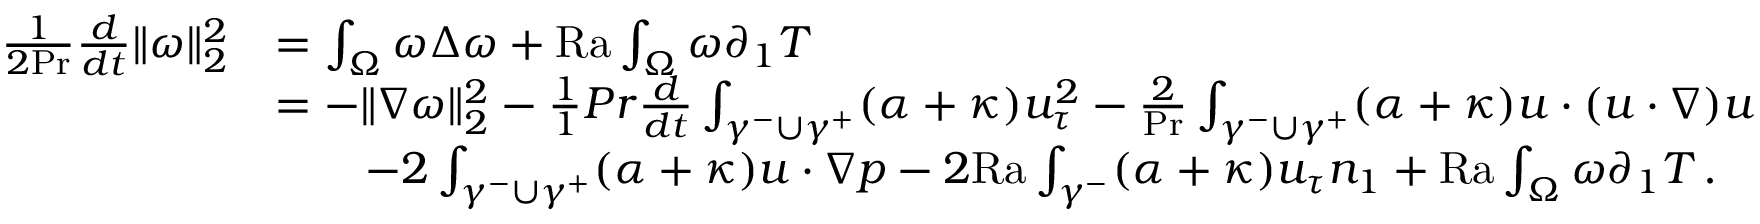
\begin{array} { r l } { \frac { 1 } { 2 \mathrm { P r } } \frac { d } { d t } \| \omega \| _ { 2 } ^ { 2 } } & { = \int _ { \Omega } \omega \Delta \omega + \mathrm { { R a } } \int _ { \Omega } \omega \partial _ { 1 } T } \\ & { = - \| \nabla \omega \| _ { 2 } ^ { 2 } - \frac { 1 } { 1 } { { P r } } \frac { d } { d t } \int _ { \gamma ^ { - } \cup \gamma ^ { + } } ( \alpha + \kappa ) u _ { \tau } ^ { 2 } - \frac { 2 } { \mathrm { P r } } \int _ { \gamma ^ { - } \cup \gamma ^ { + } } ( \alpha + \kappa ) u \cdot ( u \cdot \nabla ) u } \\ & { \qquad - 2 \int _ { \gamma ^ { - } \cup \gamma ^ { + } } ( \alpha + \kappa ) u \cdot \nabla p - 2 \mathrm { { R a } } \int _ { \gamma ^ { - } } ( \alpha + \kappa ) u _ { \tau } n _ { 1 } + { \mathrm { R a } } \int _ { \Omega } \omega \partial _ { 1 } T \, . } \end{array}